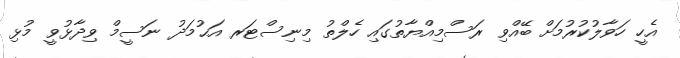
އެހީ ހަވާލުކުރުމަށް ބޭއްވި ރަސްމިއްޔާތުގައި ހެލްތު މިނިސްޓަރ އަޙުމަދު ނަސީމް ވިދާޅުވީ މުޅި